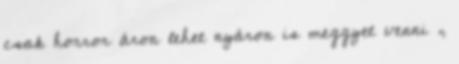
csak horror áron lehet nyáron is meggyet venni ,